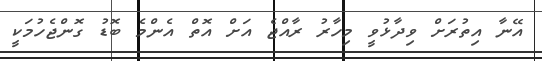
އޭނާ އިތުރަށް ވިދާޅުވީ މިހާރު ރާއްޖެ އަށް އޮތް އެންމެ ބޮޑު ގޮންޖެހުމަކީ